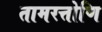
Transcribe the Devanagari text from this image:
तामरत्तोणि